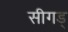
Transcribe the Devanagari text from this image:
सीगड्